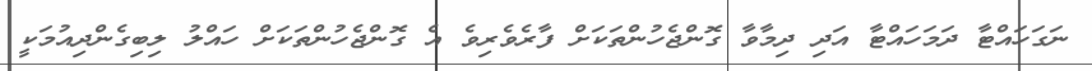
ނަގަހައްޓާ ދަމަހައްޓާ އަދި ދިމާވާ ގޮންޖެހުންތަކަށް ފާރެވެރިވެ އެ ގޮންޖެހުންތަކަށް ހައްލު ލިބިގެންދިއުމަކީ